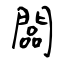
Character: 闆